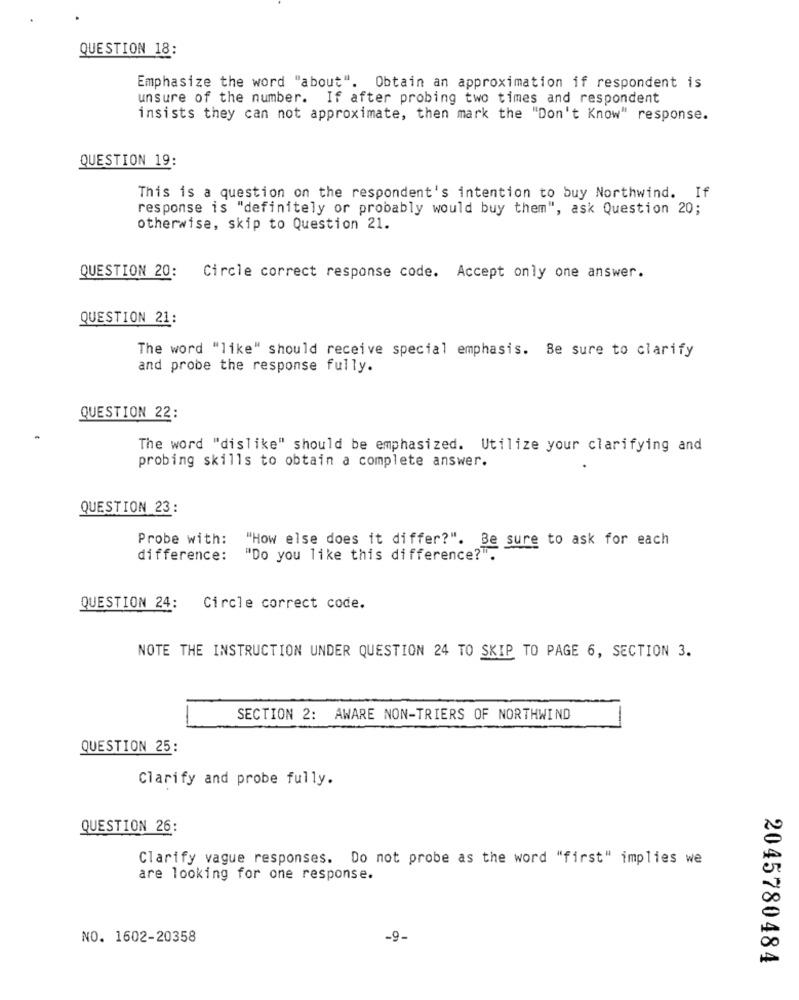
QUESTION 18:
Emphasize the word "about". Obtain an approximation if respondent is
unsure of the number. If after probing two times and respondent
insists they can not approximate, then mark the "Don't Know" response.
QUESTION 19:
This is a question on the respondent's intention to buy Northwind. If
response is "definitely or probably would buy them", ask Question 20;
otherwise, skip to Question 21.
QUESTION 20:
Circle correct response code. Accept only one answer.
QUESTION 21:
The word "like" should receive special emphasis. Be sure to clarify
and probe the response fully.
QUESTION 22:
The word "dislike" should be emphasized. Utilize your clarifying and
probing skills to obtain a complete answer.
QUESTION 23:
Probe with:
"How else does it differ?". Be sure to ask for each
difference:
"Do you like this difference?".
QUESTION 24:
Circle correct code.
NOTE THE INSTRUCTION UNDER QUESTION 24 TO SKIP TO PAGE 6, SECTION 3.
SECTION 2: AWARE NON-TRIERS OF NORTHWIND
QUESTION 25:
Clarify and probe fully.
QUESTION 26:
Clarify vague responses. Do not probe as the word "first" implies we
are looking for one response.
NO. 1602-20358
-9.
2045780484